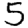
Digit: 5